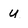
Character: u